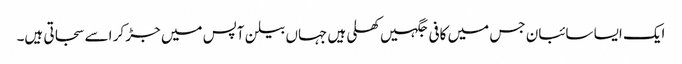
ایک ایسا سائبان جس میں کافی جگہیں کھلی ہیں جہاں بیلن آپس میں جڑ کر اسے سجاتی ہیں۔